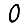
Digit: 0